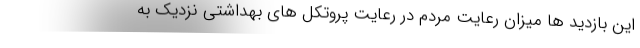
این بازدید ها میزان رعایت مردم در رعایت پروتکل های بهداشتی نزدیک به